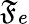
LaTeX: \mathfrak{F}_{e}